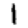
Digit: 1